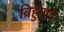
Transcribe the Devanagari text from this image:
ब्रिहुएगा